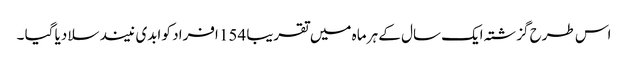
اس طرح گزشتہ ایک سال کے ہر ماہ میں تقریبا 154 افراد کو ابدی نیند سلا دیا گیا ۔